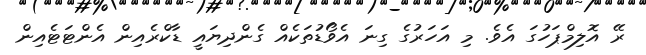
ރޭ އޮލިމްޕަހުގަ އެވެ. މި އަހަރުގެ ގިނަ އެވޯޑުތަކެއް ގެންދިޔައީ ޑާކްރެއިން އެންޓަޓެއިން